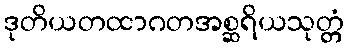
ဒုတိယတထာဂတအစ္ဆရိယသုတ္တံ